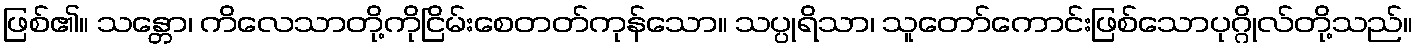
ဖြစ်၏။ သန္တော၊ ကိလေသာတို့ကိုငြိမ်းစေတတ်ကုန်သော။ သပ္ပုရိသာ၊ သူတော်ကောင်းဖြစ်သောပုဂ္ဂိုလ်တို့သည်။